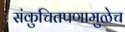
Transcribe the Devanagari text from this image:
संकुचितपणामुळेच